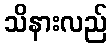
သိနားလည်